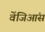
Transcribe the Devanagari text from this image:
वेंजिआंस